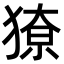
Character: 𭸡